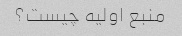
منبع اولیه چیست؟